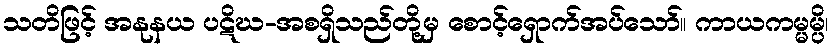
သတိဖြင့် အနုနယ ပဋိဃ-အစရှိသည်တို့မှ စောင့်ရှောက်အပ်သော်။ ကာယကမ္မမ္ပိ၊